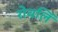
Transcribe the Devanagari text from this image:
रोवलिं